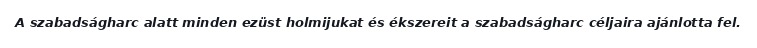
A szabadságharc alatt minden ezüst holmijukat és ékszereit a szabadságharc céljaira ajánlotta fel.